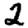
Digit: 2